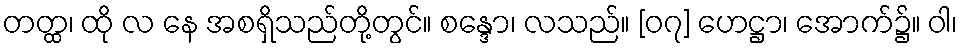
တတ္ထ၊ ထို လ နေ အစရှိသည်တို့တွင်။ စန္ဒော၊ လသည်။ [၀၇] ဟေဋ္ဌာ၊ အောက်၌။ ဝါ၊